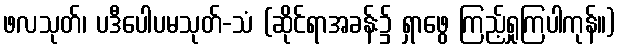
ဖလသုတ်၊ ပဒီပေါပမသုတ်-သံ (ဆိုင်ရာအခန်း၌ ရှာဖွေ ကြည့်ရှုကြပါကုန်။)